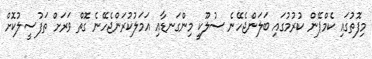
މިފޮތުގައި ކެމްޕޭން ކުރުމުގައި ބަލަންޖެހޭނެ ސުލޫކީ މިންގަނޑާއި އަމަލުކުރަންޖެހޭނެ ގޮތް ވަރަށް ތަފުސީލުކޮށް